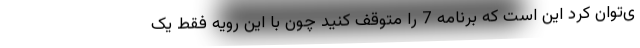
ی‌توان کرد این است که برنامه 7 را متوقف کنید چون با این رویه فقط یک